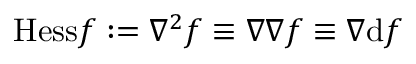
{ \mathrm { H e s s } } f : = \nabla ^ { 2 } f \equiv \nabla \nabla f \equiv \nabla \mathrm { d } f